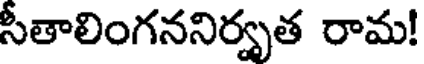
సీతాలింగననిర్వృత రామ!